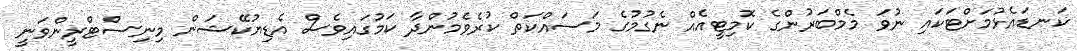
ކަނޑައެޅުމަށްޓަކައި ނުވަ މެމްބަރުންގެ ކޮމިޓީއެއް ނެގުމުގެ މަސައްކަތް ކުރެވެމުންދާ ކަމުގައިވެސް އެޑިޔުކޭޝަން މިނިސްޓްރީންވަނީ